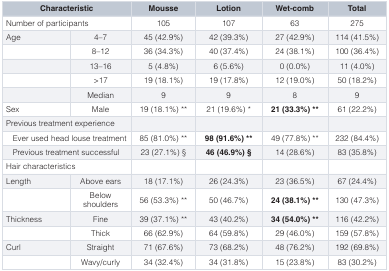
<table><thead><tr><td colspan="2"><b>Characteristic</b></td><td><b>Mousse</b></td><td><b>Lotion</b></td><td><b>Wet-comb</b></td><td><b>Total</b></td></tr></thead><tbody><tr><td colspan="2">Number of participants</td><td>105</td><td>107</td><td>63</td><td>275</td></tr><tr><td>Age</td><td>4–7</td><td>45 (42.9%)</td><td>42 (39.3%)</td><td>27 (42.9%)</td><td>114 (41.5%)</td></tr><tr><td></td><td>8–12</td><td>36 (34.3%)</td><td>40 (37.4%)</td><td>24 (38.1%)</td><td>100 (36.4%)</td></tr><tr><td></td><td>13–16</td><td>5 (4.8%)</td><td>6 (5.6%)</td><td>0 (0.0%)</td><td>11 (4.0%)</td></tr><tr><td></td><td>&gt;17</td><td>19 (18.1%)</td><td>19 (17.8%)</td><td>12 (19.0%)</td><td>50 (18.2%)</td></tr><tr><td></td><td>Median</td><td>9</td><td>9</td><td>8</td><td>9</td></tr><tr><td>Sex</td><td>Male</td><td>19 (18.1%) **</td><td>21 (19.6%) *</td><td><b>21 (33.3%) **</b></td><td>61 (22.2%)</td></tr><tr><td colspan="2">Previous treatment experience</td><td></td><td></td><td></td><td></td></tr><tr><td colspan="2">Ever used head louse treatment</td><td>85 (81.0%) **</td><td><b>98 (91.6%) **</b></td><td>49 (77.8%) **</td><td>232 (84.4%)</td></tr><tr><td colspan="2">Previous treatment successful</td><td>23 (27.1%) §</td><td><b>46 (46.9%) §</b></td><td>14 (28.6%)</td><td>83 (35.8%)</td></tr><tr><td colspan="2">Hair characteristics</td><td></td><td></td><td></td><td></td></tr><tr><td>Length</td><td>Above ears</td><td>18 (17.1%)</td><td>26 (24.3%)</td><td>23 (36.5%)</td><td>67 (24.4%)</td></tr><tr><td></td><td>Belowshoulders</td><td>56 (53.3%) **</td><td>50 (46.7%)</td><td><b>24 (38.1%) **</b></td><td>130 (47.3%)</td></tr><tr><td>Thickness</td><td>Fine</td><td>39 (37.1%) **</td><td>43 (40.2%)</td><td><b>34 (54.0%) **</b></td><td>116 (42.2%)</td></tr><tr><td></td><td>Thick</td><td>66 (62.9%)</td><td>64 (59.8%)</td><td>29 (46.0%)</td><td>159 (57.8%)</td></tr><tr><td>Curl</td><td>Straight</td><td>71 (67.6%)</td><td>73 (68.2%)</td><td>48 (76.2%)</td><td>192 (69.8%)</td></tr><tr><td></td><td>Wavy/curly</td><td>34 (32.4%)</td><td>34 (31.8%)</td><td>15 (23.8%)</td><td>83 (30.2%)</td></tr></tbody></table>